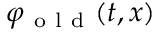
\varphi _ { \mathrm { ~ o ~ l ~ d ~ } } ( t , x )